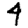
Digit: 4